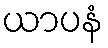
ယာပနံ